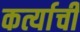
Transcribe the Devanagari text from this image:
कर्त्याची